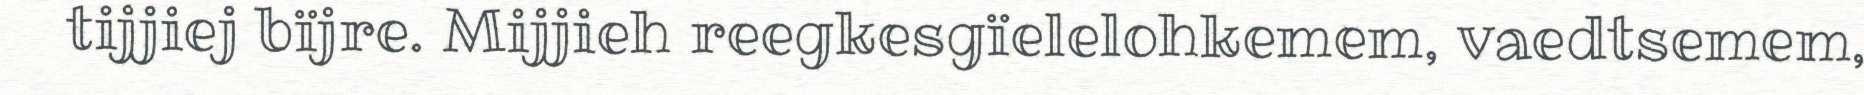
tijjiej bïjre. Mijjieh reegkesgïelelohkemem, vaedtsemem,